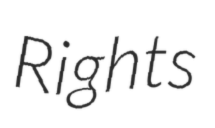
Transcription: Rights